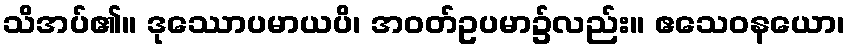
သိအပ်၏။ ဒုဿောပမာယပိ၊ အဝတ်ဥပမာ၌လည်း။ ဧသေဝနယော၊